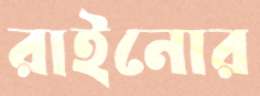
রাইনোর